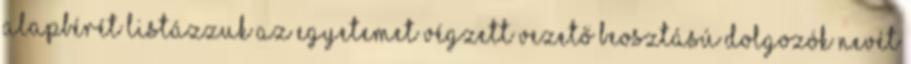
alapbérét Listázzuk az egyetemet végzett vezető beosztású dolgozók nevét